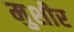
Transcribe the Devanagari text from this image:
मुशीर